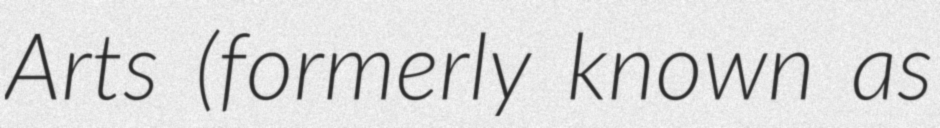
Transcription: Arts (formerly known as